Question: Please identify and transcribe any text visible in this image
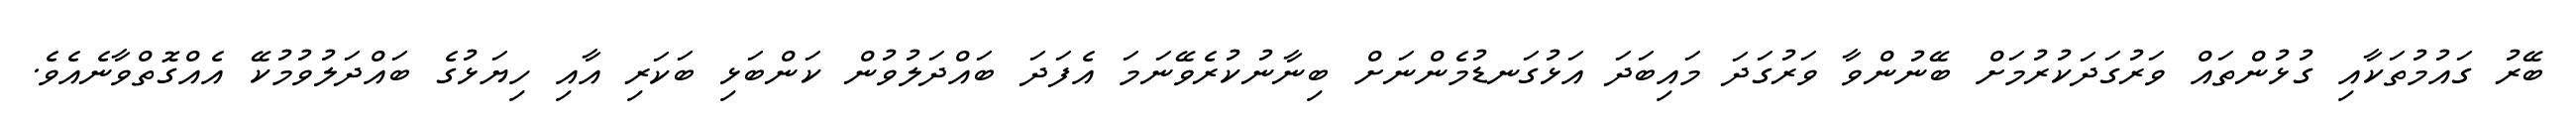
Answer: ބޭރު ގައުމުތަކާއި ގުޅުންތައް ވަރުގަދަކުރުމަށް ބޭނުންވާ ވަރުގަދަ މައިބަދަ އަޅުގަނޑުމެންނަށް ބިނާނުކުރެވޭނަމަ އެފަދަ ބައްދަލުވުން ކަންބަޅި ބަކަރި އާއި ހިޔަޅުގެ ބައްދަލުވުމުކޭ އެއްގޮތްވާނެއެވެ.